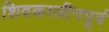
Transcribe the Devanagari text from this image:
शिवकालीनपूर्व